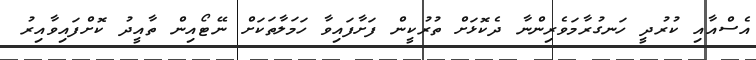
އެސްއާއި ކުރުދީ ހަނގުރާމަވެރިންނާ ދެކޮޅަށް ތުރުކީން ފަށާފައިވާ ހަމަލާތަކަށް ނޭޓޯއިން ތާއީދު ކޮށްފައިވާއިރު